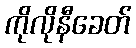
ကိုလိုနီခေတ်